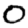
Digit: 0